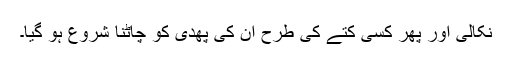
نکالی اور پھر کسی کتے کی طرح ان کی پھدی کو چاٹنا شروع ہو گیا۔